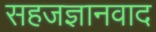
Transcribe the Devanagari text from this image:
सहजज्ञानवाद